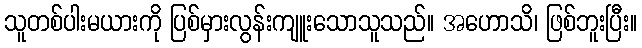
သူတစ်ပါးမယားကို ပြစ်မှားလွန်းကျူးသောသူသည်။ အဟောသိ၊ ဖြစ်ဘူးပြီး။